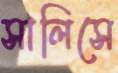
সালিসে